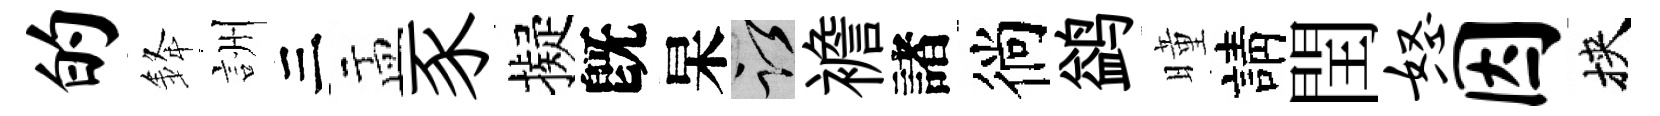
的𨦟詶三盂豕擬旣杲謹襜諸徜鹢曈請閏怒因挾